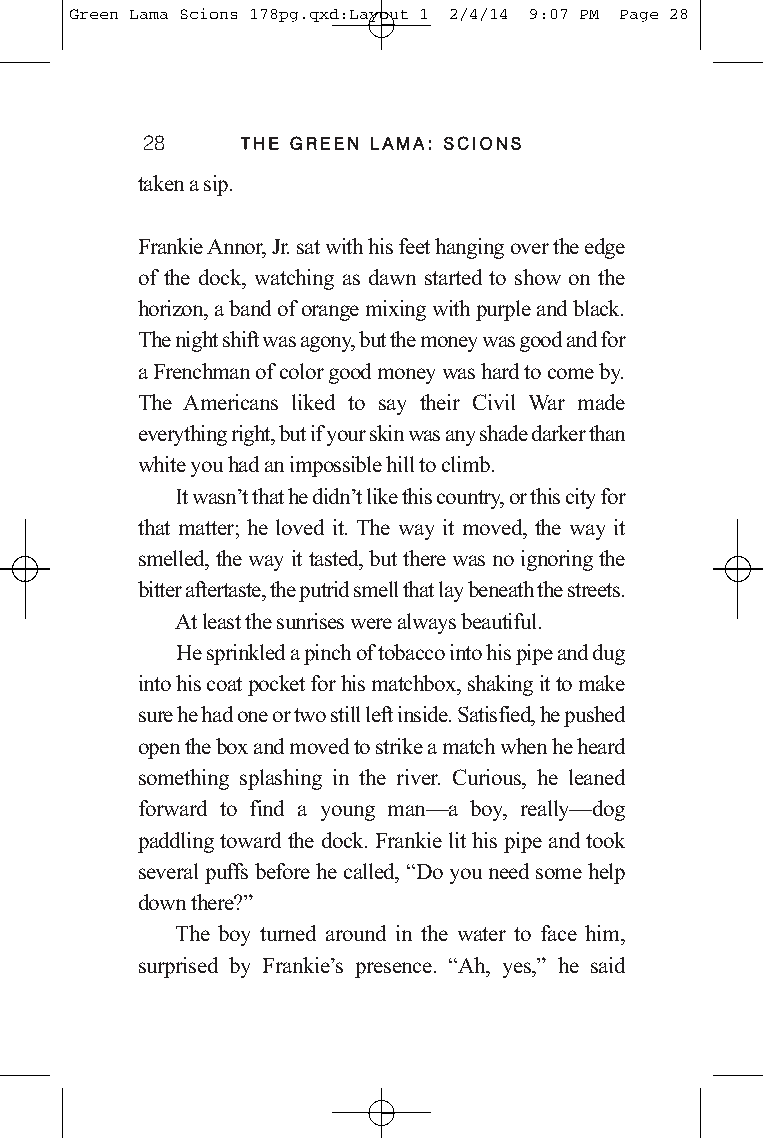
Green Lama Scions 178pg.qxd:Layout 1 2/4/14 9:07 PM Page 28
 28     TTHHEE GGRREEEENN LLAAMMAA:: SSCCIIOONNSS
 taken a sip.
 Frankie Annor, Jr. sat with his feet hanging over the edge
 of the dock, watching as dawn started to show on the
 horizon, a band of orange mixing with purple and black.
 The night shift was agony, but the money was good and for
 a Frenchman of color good money was hard to come by.
 The Americans liked to say their Civil War made
 everything right, but if your skin was any shade darker than
 white you had an impossible hill to climb.
 It wasn’t that he didn’t like this country, or this city for
 that matter; he loved it. The way it moved, the way it
 smelled, the way it tasted, but there was no ignoring the
 bitter aftertaste, the putrid smell that lay beneath the streets.
 At least the sunrises were always beautiful.
 He sprinkled a pinch of tobacco into his pipe and dug
 into his coat pocket for his matchbox, shaking it to make
 sure he had one or two still left inside. Satisfied, he pushed
 open the box and moved to strike a match when he heard
 something splashing in the river. Curious, he leaned
 forward to find a young man—a boy, really—dog
 paddling toward the dock. Frankie lit his pipe and took
 several puffs before he called,“Do you need some help
 down there?”
 The boy turned around in the water to face him,
 surprised by Frankie’s presence. “Ah, yes,” he said